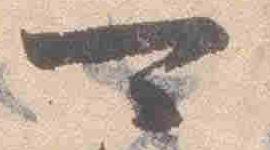
可